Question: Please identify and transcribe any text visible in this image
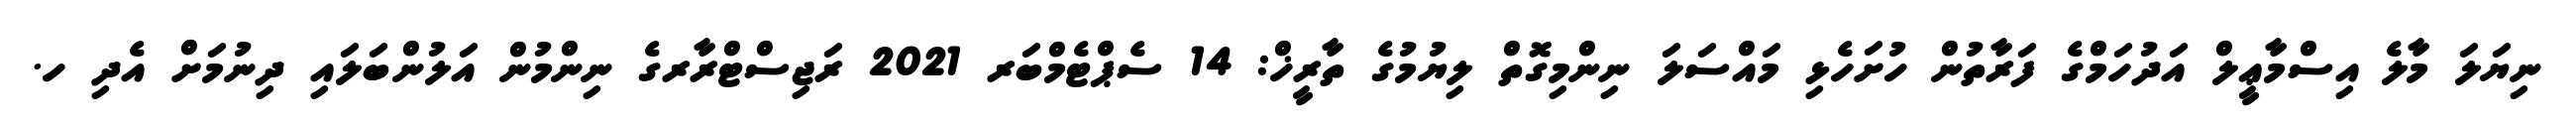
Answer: ނިޔަލަ މާލެ އިސްމާޢީލް އަދުހަމްގެ ފަރާތުން ހުށަހެޅި މައްސަލަ ނިންމިގޮތް ލިޔުމުގެ ތާރީޚް: 14 ސެޕްޓެމްބަރ 2021 ރަޖިސްޓްރާރގެ ނިންމުން އަލުންބަލައި ދިނުމަށް އެދި ހ.